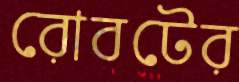
রোবটের